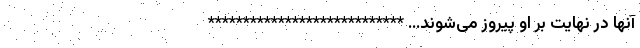
آنها در نهایت بر او پیروز می‌شوند... ****************************